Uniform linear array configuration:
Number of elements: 48
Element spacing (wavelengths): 0.75
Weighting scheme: exponential
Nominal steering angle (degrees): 0
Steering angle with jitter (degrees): -0.7787
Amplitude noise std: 0.05
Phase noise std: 0.05

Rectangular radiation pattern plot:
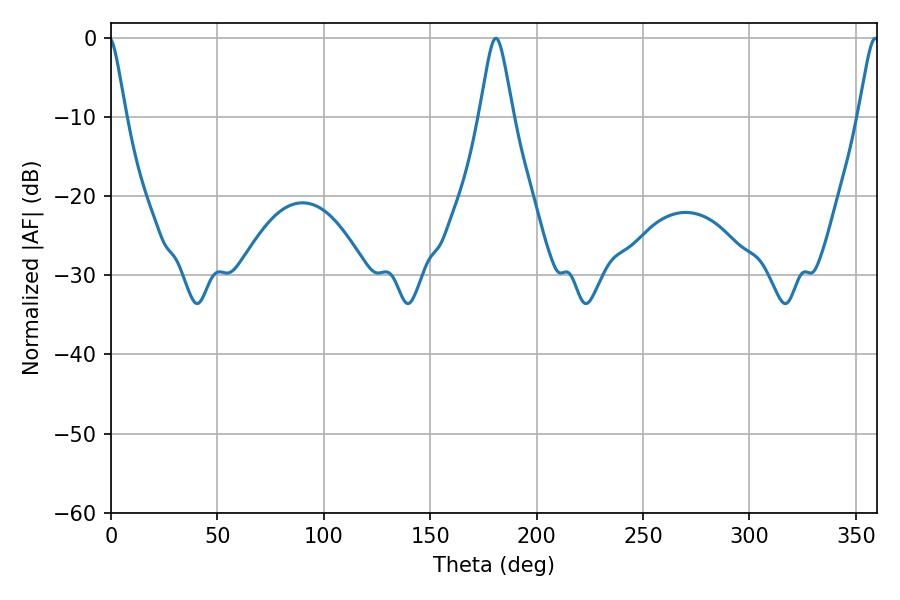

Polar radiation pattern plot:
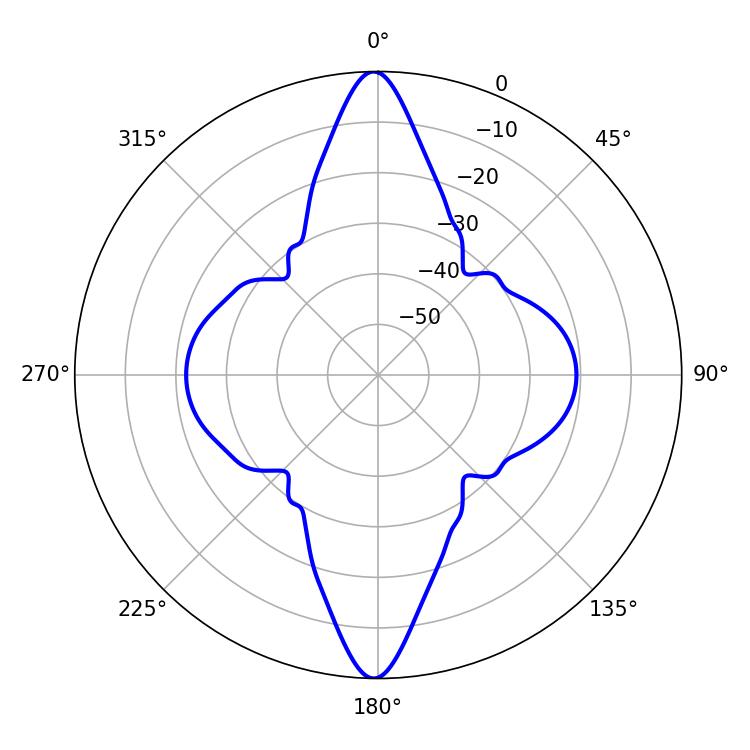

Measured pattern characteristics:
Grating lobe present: TRUE
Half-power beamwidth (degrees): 4.68
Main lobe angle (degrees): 359.1